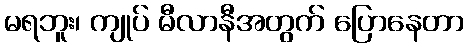
မရဘူး၊ ကျုပ် မီလာနီအတွက် ပြောနေတာ